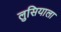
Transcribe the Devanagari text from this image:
लुसियाला